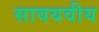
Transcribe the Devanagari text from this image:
सावयवीय